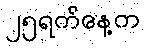
၂၅ရက်နေ့က